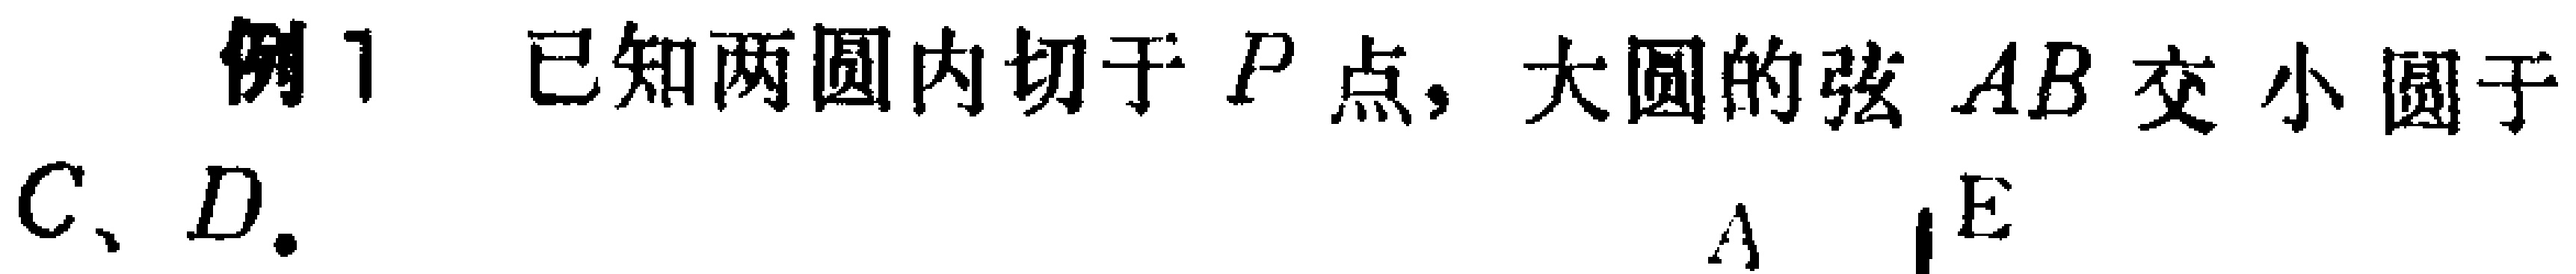
例1 已知两圆内切于\(P\)点，大圆的弦\(AB\)交小圆于\(C、D\)。